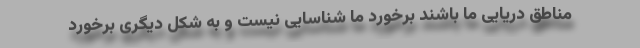
مناطق دریایی ما باشند برخورد ما شناسایی نیست و به شکل دیگری برخورد